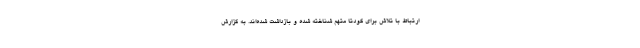
ارتباط با تلاش برای کودتا متهم شناخته شده‌ و بازداشت شده‌اند. به گزارش